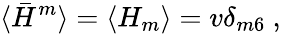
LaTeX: \langle\bar{H}^{m}\rangle=\langle H_{m}\rangle=v\delta_{m6}~,